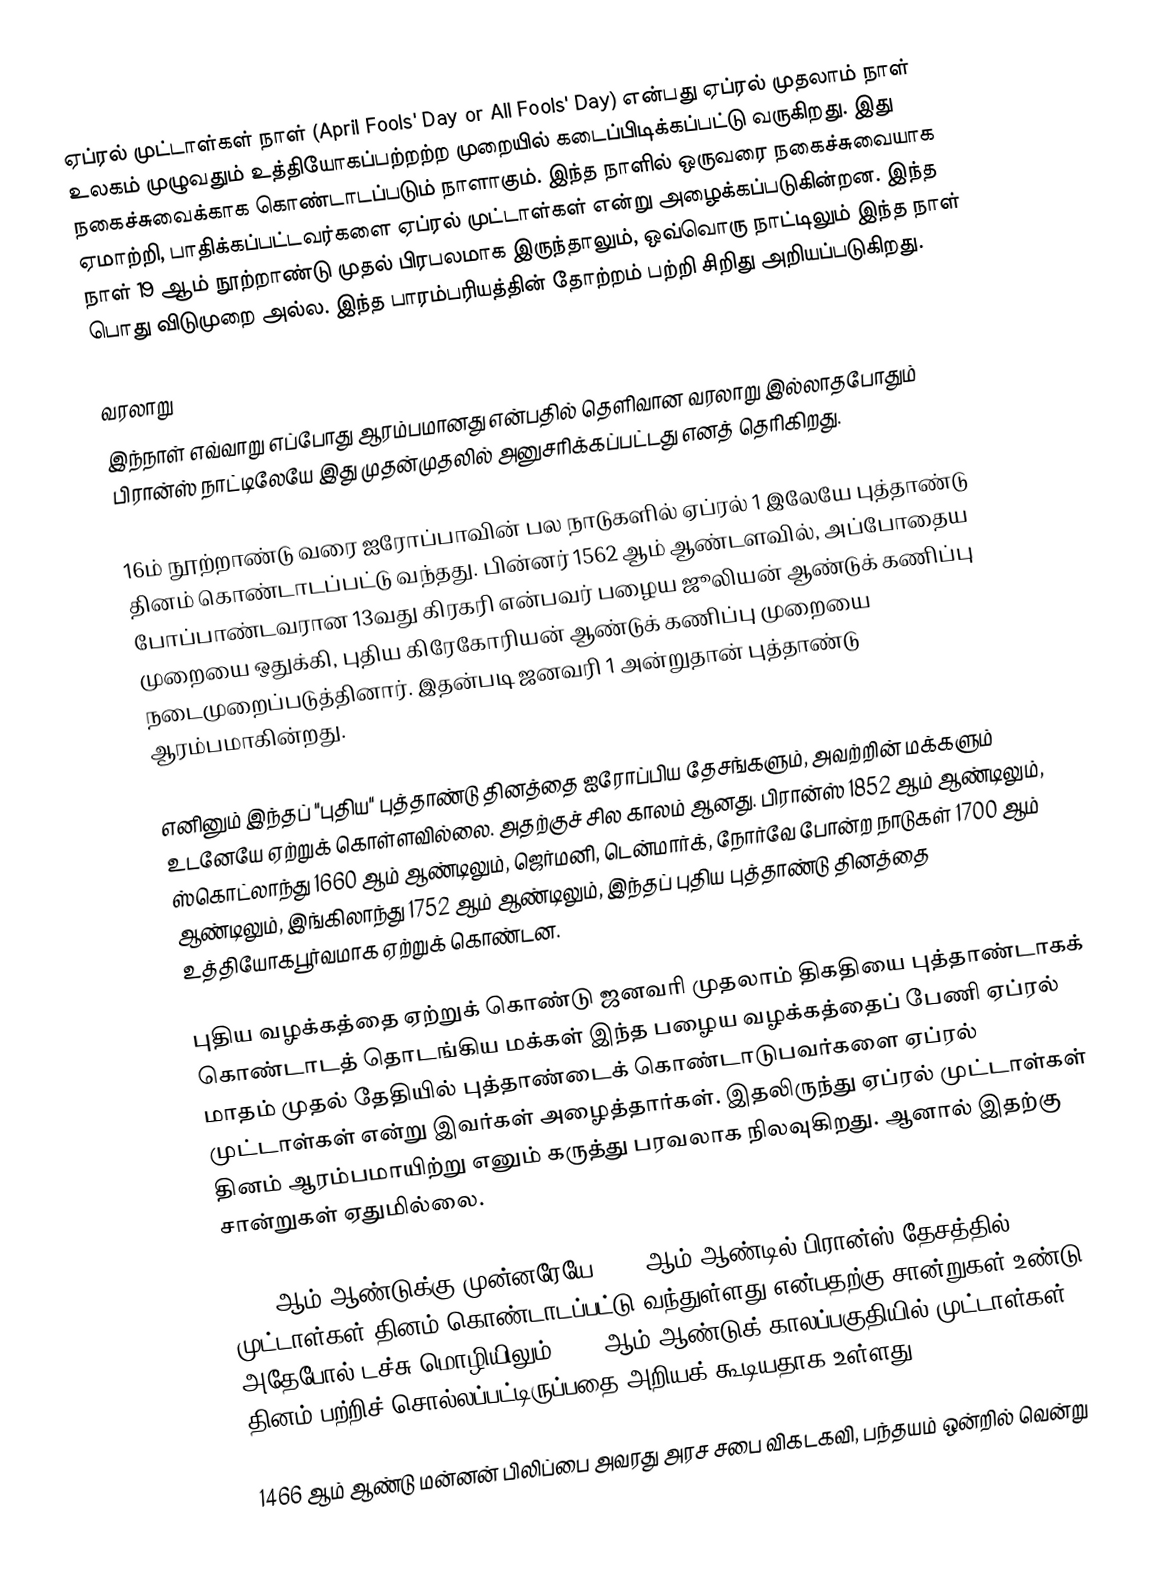
ஏப்ரல் முட்டாள்கள் நாள் (April Fools' Day or All Fools' Day) என்பது ஏப்ரல் முதலாம் நாள் உலகம் முழுவதும் உத்தியோகப்பற்றற்ற முறையில் கடைப்பிடிக்கப்பட்டு வருகிறது. இது நகைச்சுவைக்காக கொண்டாடப்படும் நாளாகும். இந்த நாளில் ஒருவரை நகைச்சுவையாக ஏமாற்றி, பாதிக்கப்பட்டவர்களை ஏப்ரல் முட்டாள்கள் என்று அழைக்கப்படுகின்றன. இந்த நாள் 19 ஆம் நூற்றாண்டு முதல் பிரபலமாக இருந்தாலும், ஒவ்வொரு நாட்டிலும் இந்த நாள் பொது விடுமுறை அல்ல. இந்த பாரம்பரியத்தின் தோற்றம் பற்றி சிறிது அறியப்படுகிறது.

வரலாறு
இந்நாள் எவ்வாறு எப்போது ஆரம்பமானது என்பதில் தெளிவான வரலாறு இல்லாதபோதும் பிரான்ஸ் நாட்டிலேயே இது முதன்முதலில் அனுசரிக்கப்பட்டது எனத் தெரிகிறது.

16ம் நூற்றாண்டு வரை ஐரோப்பாவின் பல நாடுகளில் ஏப்ரல் 1 இலேயே புத்தாண்டு தினம் கொண்டாடப்பட்டு வந்தது. பின்னர் 1562 ஆம் ஆண்டளவில், அப்போதைய போப்பாண்டவரான 13வது கிரகரி என்பவர் பழைய ஜூலியன் ஆண்டுக் கணிப்பு முறையை ஒதுக்கி, புதிய கிரேகோரியன் ஆண்டுக் கணிப்பு முறையை நடைமுறைப்படுத்தினார். இதன்படி ஜனவரி 1 அன்றுதான் புத்தாண்டு ஆரம்பமாகின்றது.

எனினும் இந்தப் "புதிய" புத்தாண்டு தினத்தை ஐரோப்பிய தேசங்களும், அவற்றின் மக்களும் உடனேயே ஏற்றுக் கொள்ளவில்லை. அதற்குச் சில காலம் ஆனது. பிரான்ஸ் 1852 ஆம் ஆண்டிலும், ஸ்கொட்லாந்து 1660 ஆம் ஆண்டிலும், ஜெர்மனி, டென்மார்க், நோர்வே போன்ற நாடுகள் 1700 ஆம் ஆண்டிலும், இங்கிலாந்து 1752 ஆம் ஆண்டிலும், இந்தப் புதிய புத்தாண்டு தினத்தை உத்தியோகபூர்வமாக ஏற்றுக் கொண்டன.

புதிய வழக்கத்தை ஏற்றுக் கொண்டு ஜனவரி முதலாம் திகதியை புத்தாண்டாகக் கொண்டாடத் தொடங்கிய மக்கள் இந்த பழைய வழக்கத்தைப் பேணி ஏப்ரல் மாதம் முதல் தேதியில் புத்தாண்டைக் கொண்டாடுபவர்களை ஏப்ரல் முட்டாள்கள் என்று இவர்கள் அழைத்தார்கள். இதலிருந்து ஏப்ரல் முட்டாள்கள் தினம் ஆரம்பமாயிற்று எனும் கருத்து பரவலாக நிலவுகிறது. ஆனால் இதற்கு சான்றுகள் ஏதுமில்லை.

1582 ஆம் ஆண்டுக்கு முன்னரேயே 1508 ஆம் ஆண்டில் பிரான்ஸ் தேசத்தில் முட்டாள்கள் தினம் கொண்டாடப்பட்டு வந்துள்ளது என்பதற்கு சான்றுகள் உண்டு. அதேபோல் டச்சு மொழியிலும் 1539 ஆம் ஆண்டுக் காலப்பகுதியில் முட்டாள்கள் தினம் பற்றிச் சொல்லப்பட்டிருப்பதை அறியக் கூடியதாக உள்ளது.

1466 ஆம் ஆண்டு மன்னன் பிலிப்பை அவரது அரச சபை விகடகவி, பந்தயம் ஒன்றில் வென்று